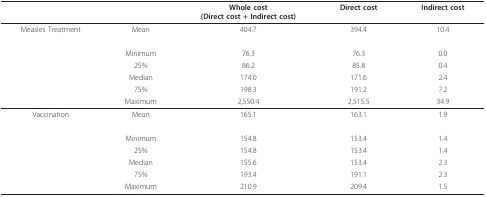
<table><thead><tr><td></td><td></td><td><b>Whole cost(Direct cost + Indirect cost)</b></td><td><b>Direct cost</b></td><td><b>Indirect cost</b></td></tr></thead><tbody><tr><td>Measles Treatment</td><td>Mean</td><td>404.7</td><td>394.4</td><td>10.4</td></tr><tr><td></td><td>Minimum</td><td>76.3</td><td>76.3</td><td>0.0</td></tr><tr><td></td><td>25%</td><td>86.2</td><td>85.8</td><td>0.4</td></tr><tr><td></td><td>Median</td><td>174.0</td><td>171.6</td><td>2.4</td></tr><tr><td></td><td>75%</td><td>198.3</td><td>191.2</td><td>7.2</td></tr><tr><td></td><td>Maximum</td><td>2,550.4</td><td>2,515.5</td><td>34.9</td></tr><tr><td>Vaccination</td><td>Mean</td><td>165.1</td><td>163.1</td><td>1.9</td></tr><tr><td></td><td>Minimum</td><td>154.8</td><td>153.4</td><td>1.4</td></tr><tr><td></td><td>25%</td><td>154.8</td><td>153.4</td><td>1.4</td></tr><tr><td></td><td>Median</td><td>155.6</td><td>153.4</td><td>2.3</td></tr><tr><td></td><td>75%</td><td>193.4</td><td>191.1</td><td>2.3</td></tr><tr><td></td><td>Maximum</td><td>210.9</td><td>209.4</td><td>1.5</td></tr></tbody></table>